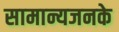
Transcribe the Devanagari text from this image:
सामान्यजनके